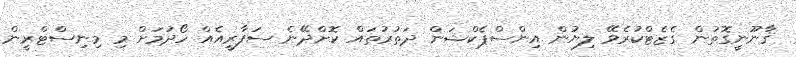
ޤާނޫނީގޮތުން ގެޒެޓްކުރެވޭ ލިޔުން އިންސްޕެކްޝަން ދަތުރުތައް ކޮށްދޭނެ ސަފާރީއެއް ހޯދުމަށް މި މިނިސްޓްރީން